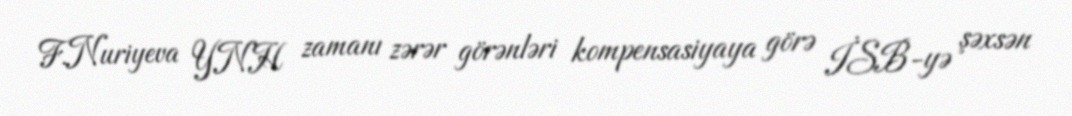
F.Nuriyeva YNH zamanı zərər görənləri kompensasiyaya görə İSB-yə şəxsən